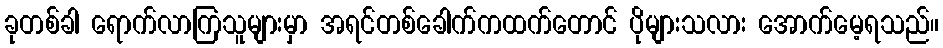
ခုတစ်ခါ ရောက်လာကြသူများမှာ အရင်တစ်ခေါက်ကထက်တောင် ပိုများသလား အောက်မေ့ရသည်။